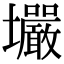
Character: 壧